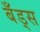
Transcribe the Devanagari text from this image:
बँड्स